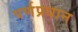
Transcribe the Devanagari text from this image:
पर्णप्रधान